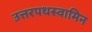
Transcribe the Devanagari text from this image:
उत्तरपथस्वामिन